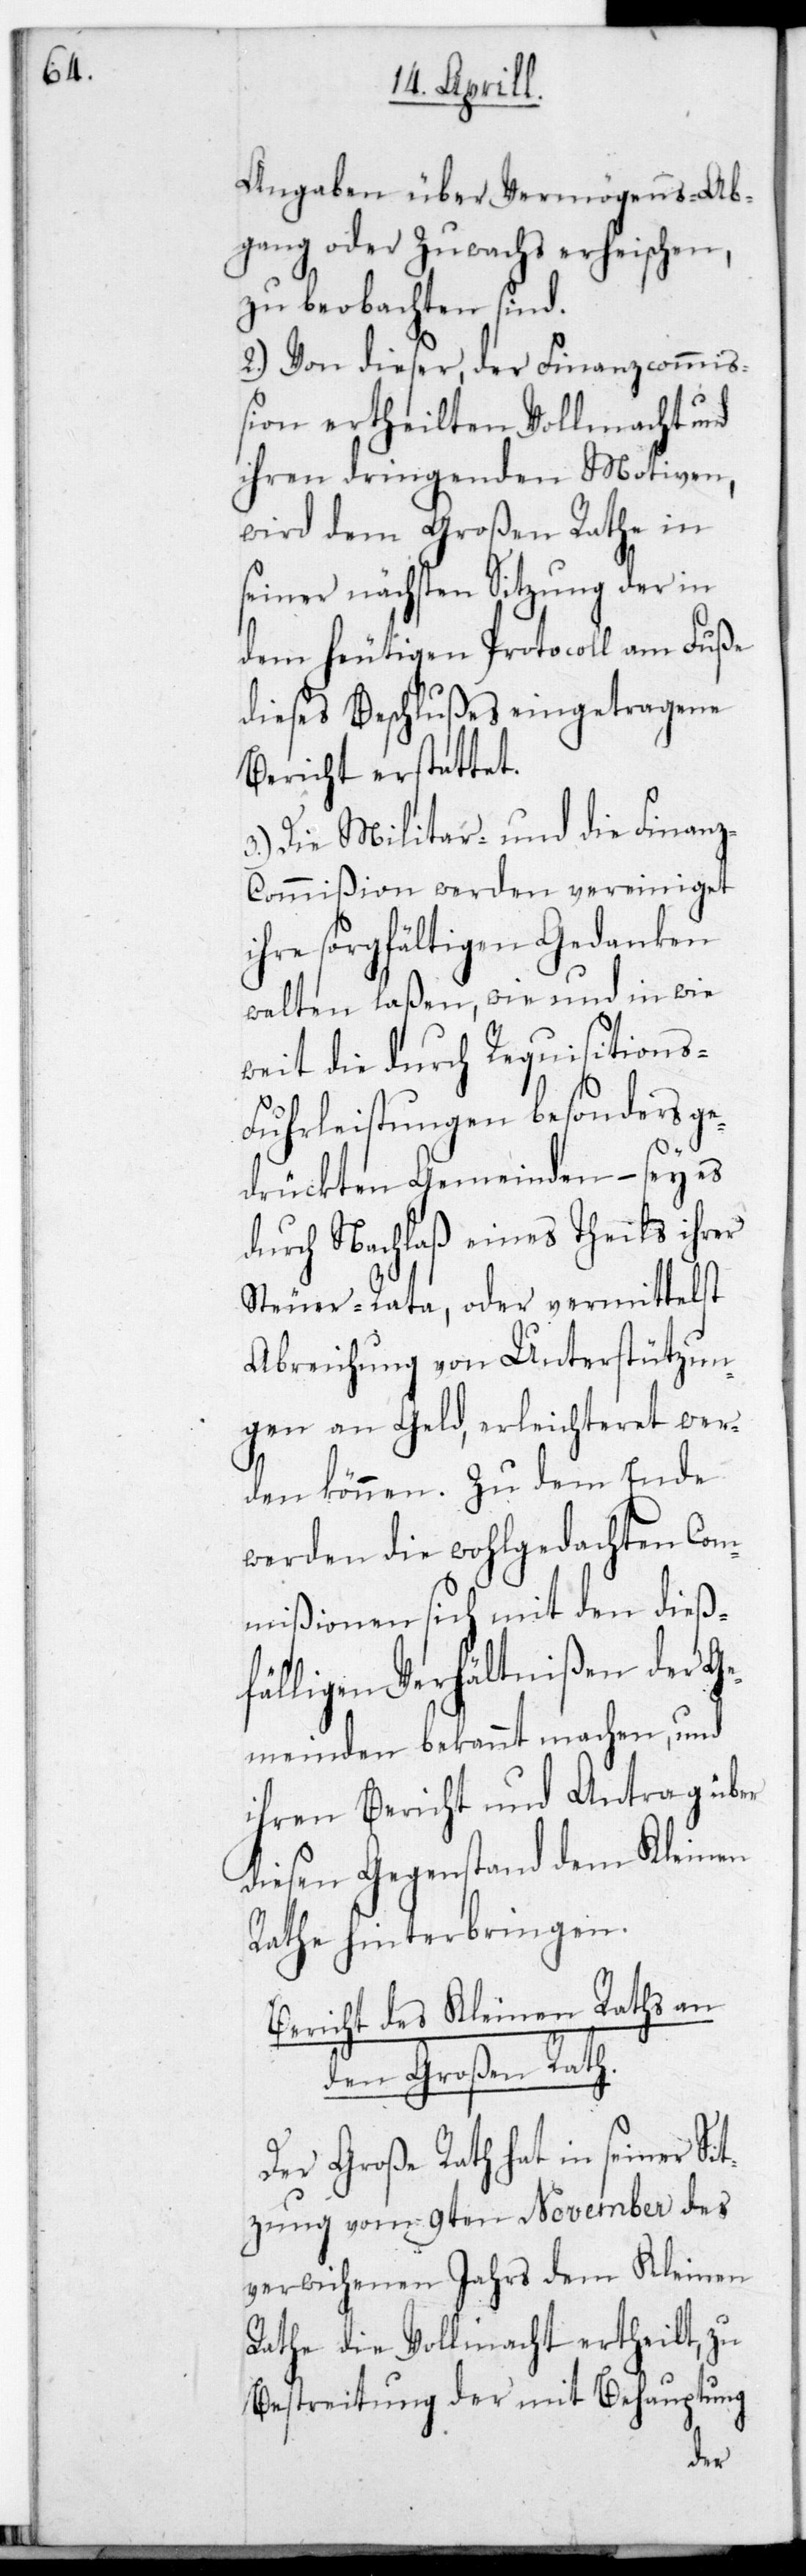
Angaben über Vermögens-Ab¬
gang oder Zuwachs erheischen,
zu beobachten sind.
2.) Von dieser der Finanzcommiß¬
ion ertheilten Vollmacht und
ihren dringenden Motiven,
wird dem Großen Rate in
seiner nächsten Sitzung der in
dem heutigen Protocoll am Fuße
dieses Beschlußes eingetragene
Bericht erstattet.
3.) Die Militär- und die Finanz¬
commißion werden vereiniget
ihre sorgfältigen Gedanken
walten laßen, wie und in wie
weit die durch Requisitions-F¬
uhrleistungen besonders ge¬
drückten Gemeinden, – sey es
durch Nachlaß eines Theils ihrer
Steuer-Rata oder vermittelst
Abreichung von Unterstützun¬
gen an Geld, erleichteret wer¬
den können. Zu dem Ende
werden die wohlgedachten Com¬
mißionen sich mit den dieß¬
fälligen Verhältnißen der Ge¬
meinden bekannt machen, und
ihren Bericht und Antrag über
diesen Gegenstand dem Kleinen
Rathe hinterbringen.
Bericht des Kleinen Raths an
den Großen Rath.
Der Große Rath hat in seiner Si¬
tzung vom 9ten November des
verwichenen Jahrs dem Kleinen
Rathe die Vollmacht ertheilt, zu
Bestreitung der mit Behauptung